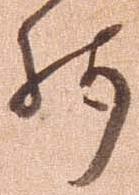
残